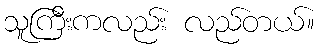
သူကြီးကလည်း လည်တယ်။